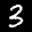
Label: 3